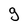
Character: g